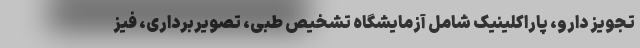
تجویز دارو، پاراکلینیک شامل آزمایشگاه تشخیص طبی، تصویربرداری، فیز